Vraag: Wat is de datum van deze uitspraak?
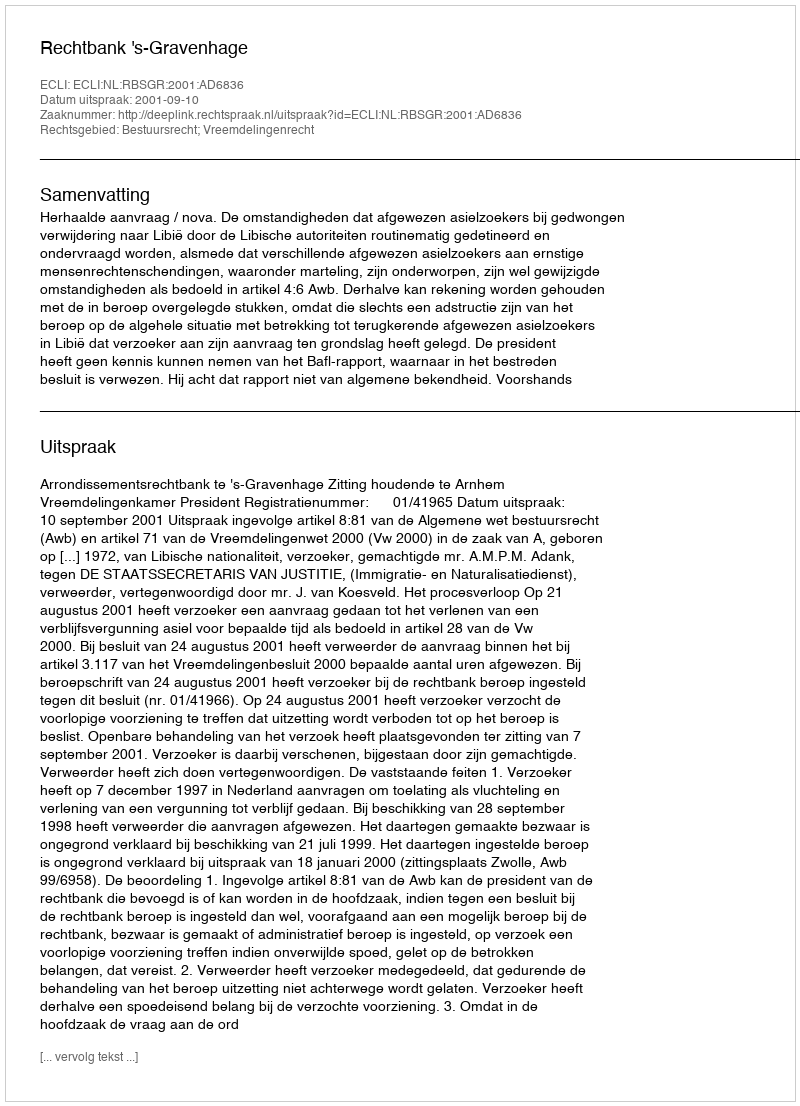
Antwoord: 2001-09-10